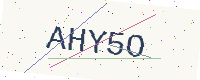
Text: AHY5O